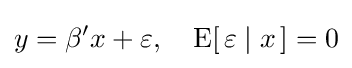
y=\beta 'x+\varepsilon ,\quad \mathrm {E} [\,\varepsilon \mid x\,]=0